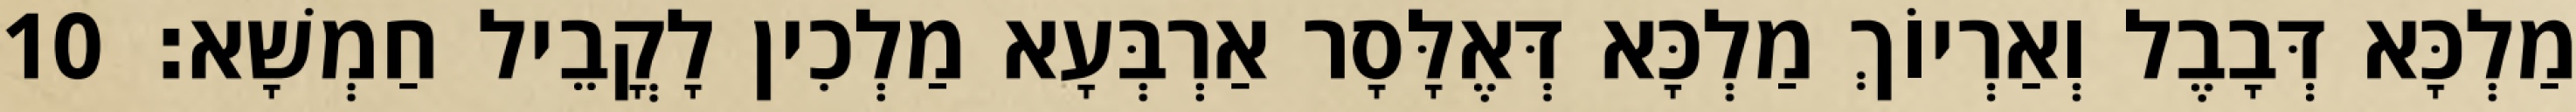
מַלְכָּא דְּבָבֶל וְאַרְיוֹךְ מַלְכָּא דְּאֶלָּסָר אַרְבְּעָא מַלְכִין לָקֳבֵיל חַמְשָׁא׃ 10